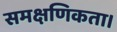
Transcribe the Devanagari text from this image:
समक्षणिकता।